Vaccination United Provinces of Agra and Oudh 1914-1922 - 1914-1922
Year: 1914
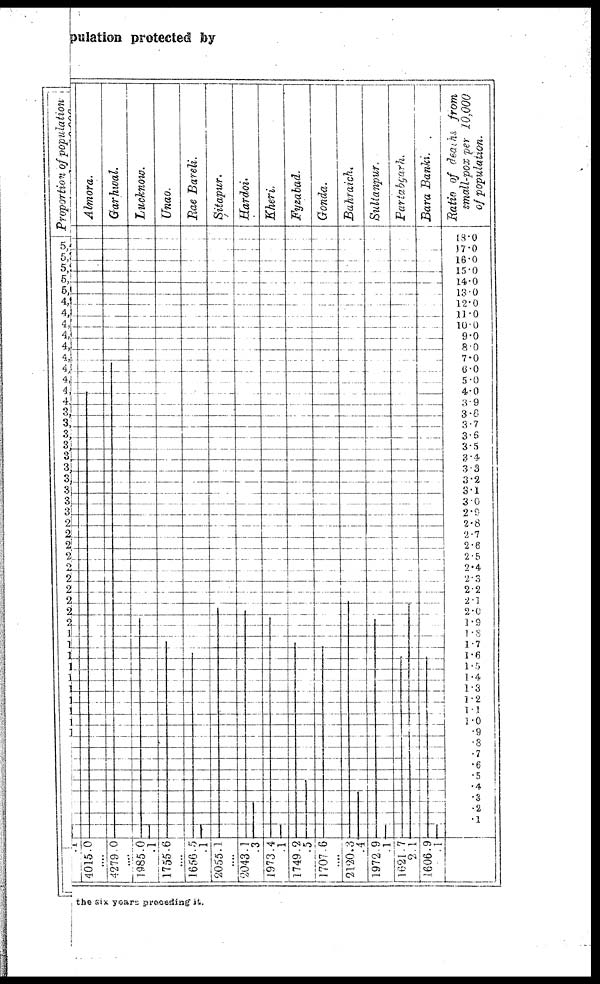
pulation protected by
the six years preceding it.